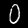
Label: 0